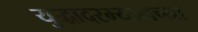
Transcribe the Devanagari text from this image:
युद्धादरम्यानच्या